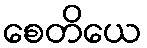
စေတိယေ